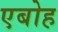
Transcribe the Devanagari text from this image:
एबोह